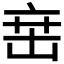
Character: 𬽍